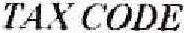
TAX CODE